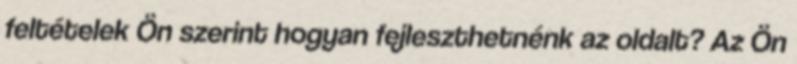
feltételek Ön szerint hogyan fejleszthetnénk az oldalt? Az Ön